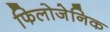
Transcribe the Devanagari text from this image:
फिलोजेनिक